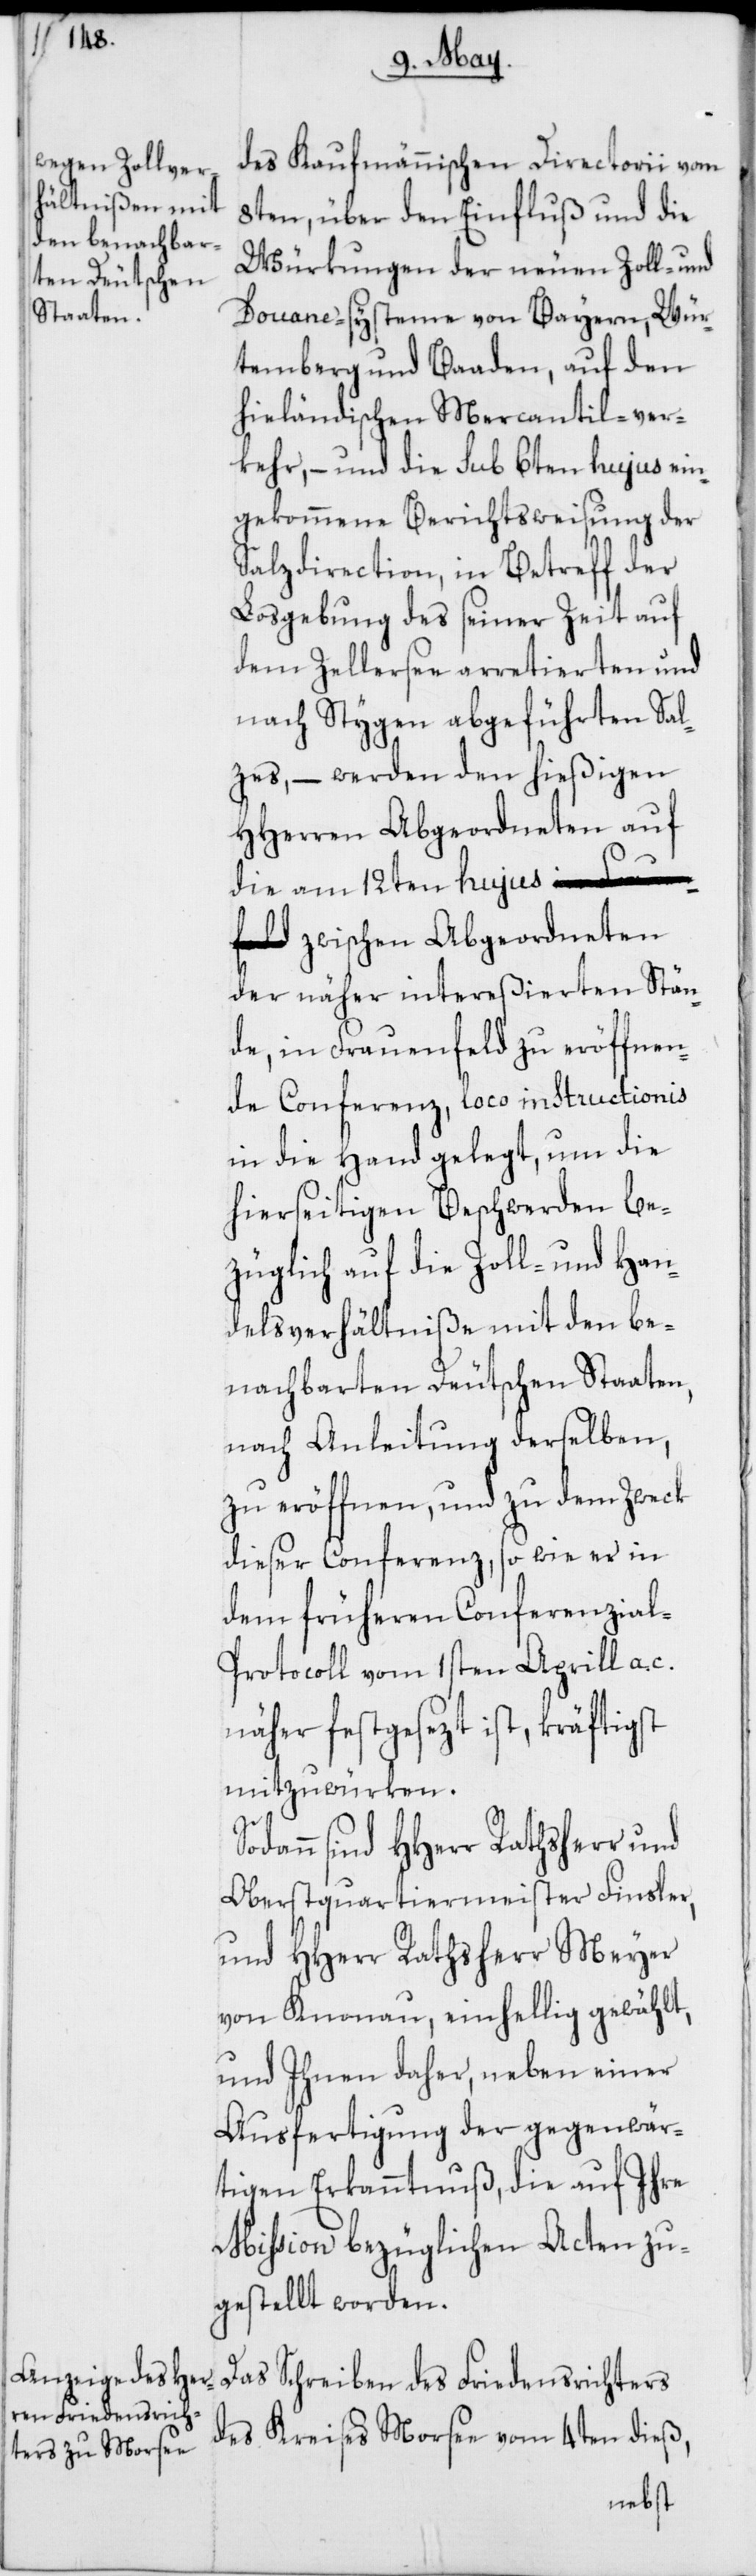
des Kaufmännischen Directorii vom
8ten, über den Einfluß und die
Würkungen der neuen Zoll- und
Douane-Systeme von Bayern, Wür¬
temberg und Baaden, auf den
hieländischen Mercantil-ver¬
kehr, – und die sub 6ten hujus ein¬
gekommene Berichtsweisung der
Salzdirection, in Betreff der
Losgebung des seiner Zeit auf
dem Zellersee arretierten und
nach Stygen abgeführten Sal¬
zes, – werden den hießigen
HHerren Abgeordneten auf
die am 12ten huju¬
s zwischen Abgeordneten
der näher intereßierten Stän¬
de, in Frauenfeld zu eröffnen¬
de Conferenz, loco instructionis
in die Hand gelegt, um die
hierseitigen Beschwerden be¬
züglich auf die Zoll- und Han¬
delsverhältniße mit den be¬
nachbarten Deutschen Staaten,
nach Anleitung derselben,
zu eröffnen, und zu dem Zweck
dieser Conferenz, so wie es in
dem früheren Conferenzial-P¬
rotocoll vom 1sten Aprill a. c.
näher festgesezt ist, kräftigst
mitzuwürken.
sind HHerr Rathsherr und
Oberstquartiermeister Finsler,
und HHerr Rathsherr Meyer
von Knonau, einhellig gewählt,
und Ihnen daher, neben einer
Ausfertigung der gegenwär¬
tigen Erkanntnuß, die auf Ihre
Mißion bezüglichen Acten zu¬
gestellt worden.
Das Schreiben des Friedensrichters
des Kreises Morsee vom 4ten dieß,